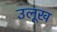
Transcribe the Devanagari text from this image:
उलूख